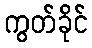
ကွတ်ခိုင်